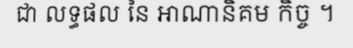
ជា លទ្ធផល នៃ អាណានិគម កិច្ច ។